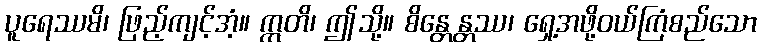
ပူရေဿမိ၊ ဖြည့်ကျင့်အံ့။ ဣတိ၊ ဤသို့။ စိန္တေန္တဿ၊ ရှေ့အဖို့ဝယ်ကြံစည်သော